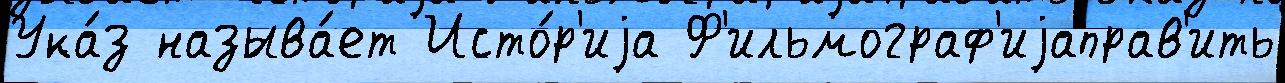
Ука́з называ́ет Исто́р'иjа Ф'ильмограф'иjаправ'ить